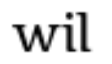
wil